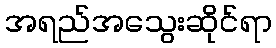
အရည်အသွေးဆိုင်ရာ